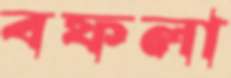
বফলা